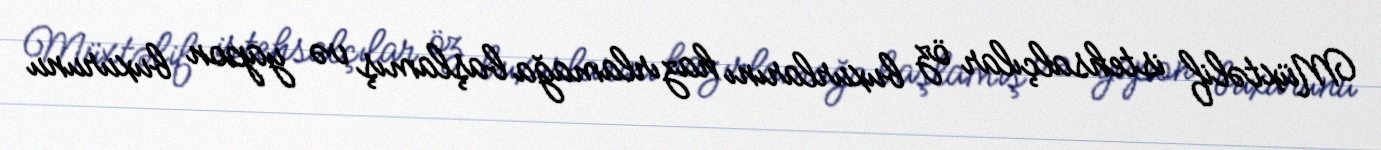
Müxtəlif istehsalçılar öz buxurlarını hazırlamağa başlamış və yapon buxurunu